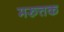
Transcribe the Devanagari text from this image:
मरुत्तक